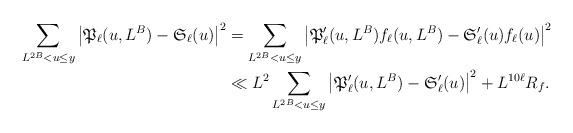
LaTeX: \begin{align*}\sum_{L^{2B}<u\le y}\left|{\frak P}_{\ell}(u,L^B)-{\frak S}_{\ell}(u)\right|^2&=\sum_{L^{2B}<u\le y}\left|{\frak P}_{\ell}^{\prime}(u,L^B)f_{\ell}(u,L^B)-{\frak S}_{\ell}^{\prime}(u)f_{\ell}(u)\right|^2\\&\ll L^2\sum_{L^{2B}<u\le y}\left|{\frak P}_{\ell}^{\prime}(u,L^B)-{\frak S}_{\ell}^{\prime}(u)\right|^2+L^{10\ell}R_{f}.\end{align*}